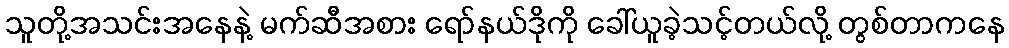
သူတို့အသင်းအနေနဲ့ မက်ဆီအစား ရော်နယ်ဒိုကို ခေါ်ယူခဲ့သင့်တယ်လို့ တွစ်တာကနေ